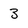
Character: 3